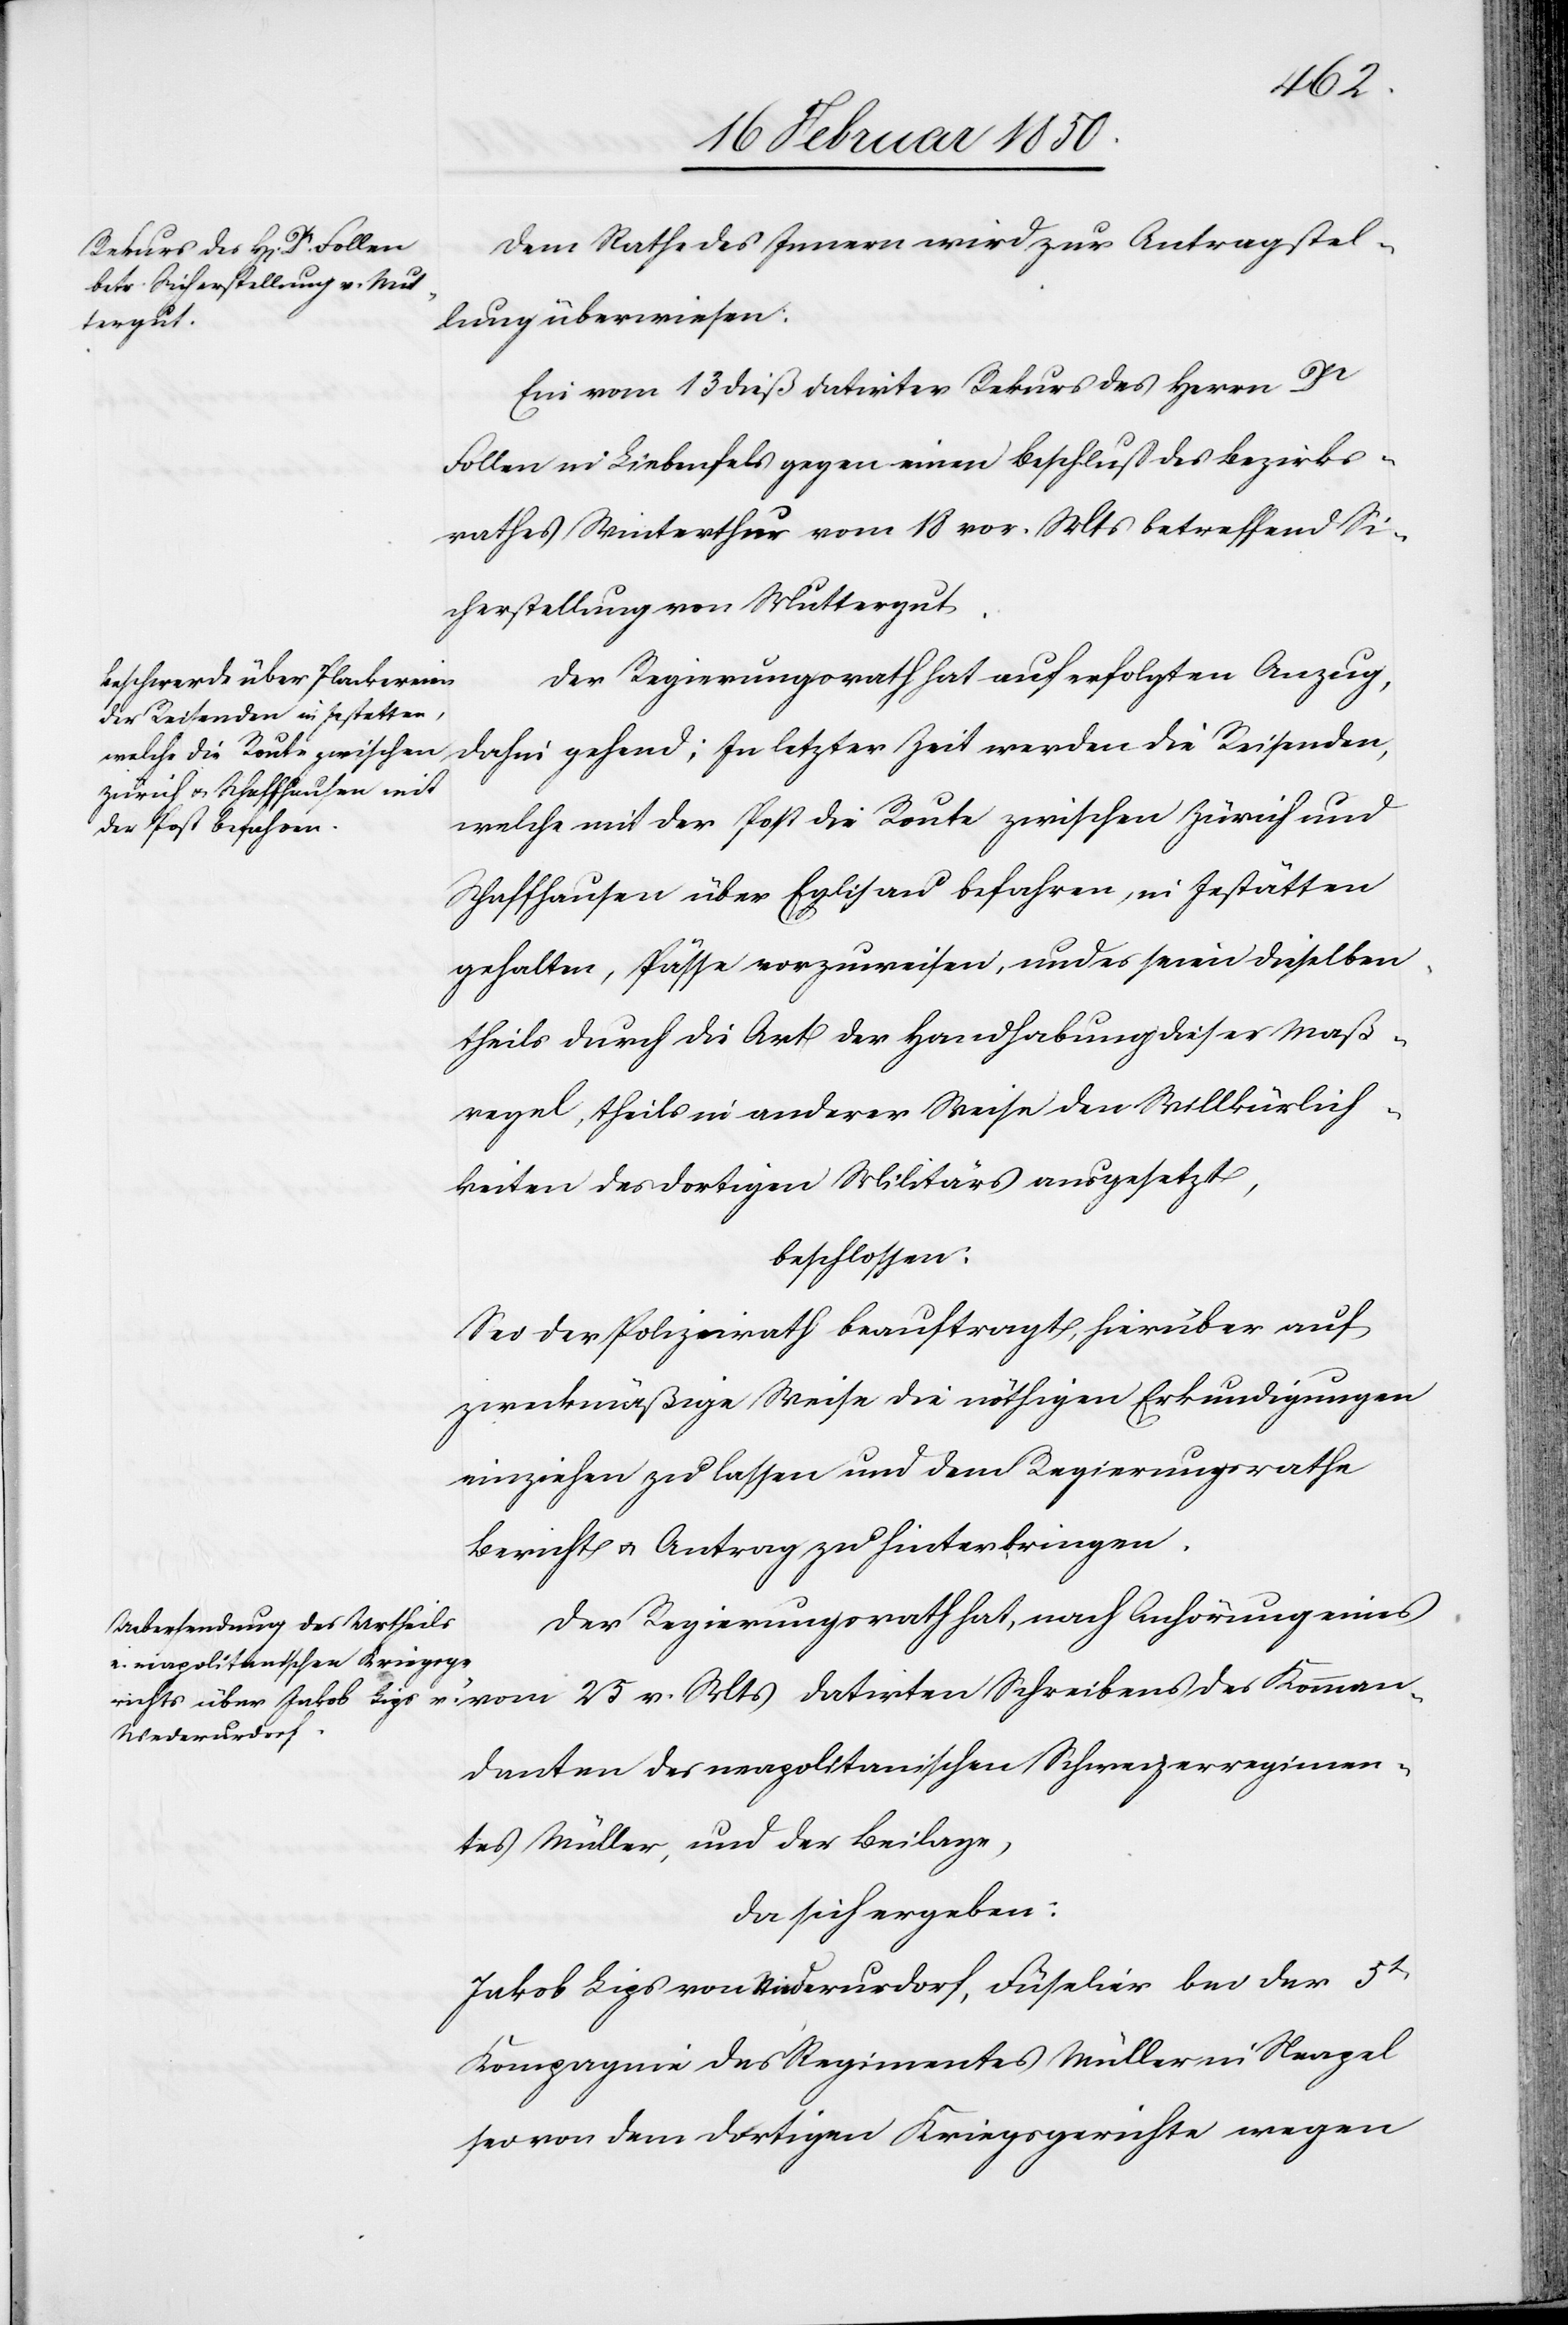
Dem Rathe des Innern wird zur Antragstel¬
lung überwiesen:
Ein vom 13 dieß datirter Rekurs des Herrn Dr
Follen in Liebenfels gegen einen Beschluß des Bezirks¬
rathes Winterthur vom 18 vor. Mts betreffend Si¬
cherstellung von Muttergut.
Der Regierungsrath hat auf erfolgten Auszug,
dahin gehend; In letzter Zeit werden die Reisenden,
welche mit der Post die Route zwischen Zürich und
Schaffhausen über Eglisau befahren, in Jestätten
gehalten, Pässe vorzuweisen, und es seien dieselben,
theils durch die Art der Handhabung dieser Maß¬
regel, theils in anderer Weise den Willkürlich¬
keiten des dortigen Militärs ausgesetzt,
beschlossen:
Sei der Polizeirath beauftragt, hierüber auf
zweckmäßige Weise die nöthigen Erkundigungen
einziehen zu lassen und dem Regierungsrathe
Bericht u. Antrag zu hinterbringen.
Der Regierungsrath hat, nach Anhörung eines
vom 25 v. Mts datirten Schreibens des Komman¬
danten des neapolitanischen Schweizerregimen¬
tes Müller, und der Beilage,
da sich ergeben:
Jakob Lips von Niederurdorf, Füselier bei der 5t
Kompagnie des Regimentes Müller in Neapel
sei von dem dortigen Kriegsgerichte wegen